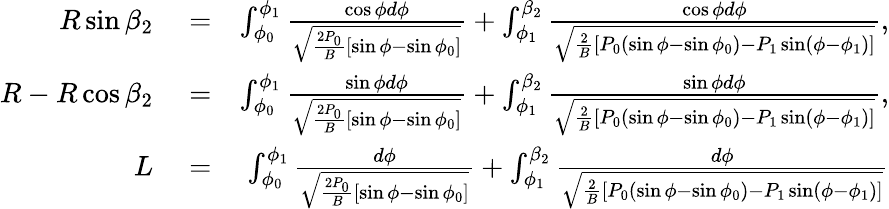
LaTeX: \begin{array}{rlr}{R\sin\beta_{2}}&{{}=}&{\int_{\phi_{0}}^{\phi_{1}}\frac{\cos\phi d\phi}{\sqrt{\frac{2P_{0}}{B}[\sin\phi-\sin\phi_{0}]}}+\int_{\phi_{1}}^{\beta_{2}}\frac{\cos\phi d\phi}{\sqrt{\frac{2}{B}[P_{0}(\sin\phi-\sin\phi_{0})-P_{1}\sin(\phi-\phi_{1})]}},}\\ {R-R\cos\beta_{2}}&{{}=}&{\int_{\phi_{0}}^{\phi_{1}}\frac{\sin\phi d\phi}{\sqrt{\frac{2P_{0}}{B}[\sin\phi-\sin\phi_{0}]}}+\int_{\phi_{1}}^{\beta_{2}}\frac{\sin\phi d\phi}{\sqrt{\frac{2}{B}[P_{0}(\sin\phi-\sin\phi_{0})-P_{1}\sin(\phi-\phi_{1})]}},}\\ {L}&{{}=}&{\int_{\phi_{0}}^{\phi_{1}}\frac{d\phi}{\sqrt{\frac{2P_{0}}{B}[\sin\phi-\sin\phi_{0}]}}+\int_{\phi_{1}}^{\beta_{2}}\frac{d\phi}{\sqrt{\frac{2}{B}[P_{0}(\sin\phi-\sin\phi_{0})-P_{1}\sin(\phi-\phi_{1})]}}}\end{array}